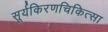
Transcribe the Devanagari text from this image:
सूर्यकिरणचिकित्सा